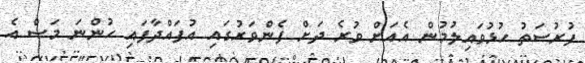
ފުރުސަތު ހުޅުވައިލުމުން އެއަށް ވުރެ ދަށް ފެންވަރުގައި އުފައްދާފައި ހުންނަ މަސް އެ